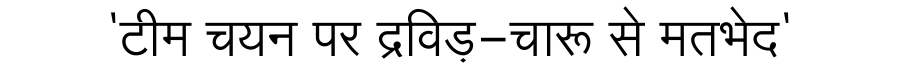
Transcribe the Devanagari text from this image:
'टीम चयन पर द्रविड़-चारू से मतभेद'